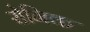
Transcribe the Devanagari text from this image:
रोगिक